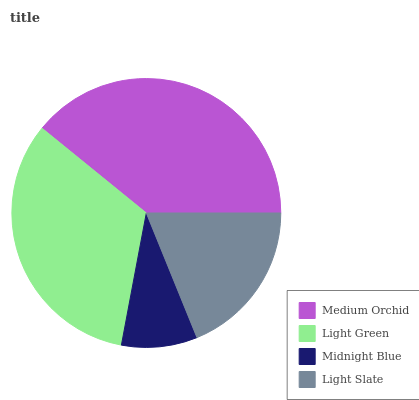
| Medium Orchid | Light Green | Midnight Blue | Light Slate |
 | --- | --- | --- | --- |
 | 39.2% | 33% | 9.11% | 18.8% |